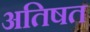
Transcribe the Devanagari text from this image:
अतिषत